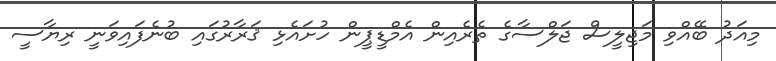
މިއަދު ބޭއްވި މަޖިލީސް ޖަލްސާގެ ތެރެއިން އެމްޑީޕީން ހުށައެޅި ޤަރާރުގައި ބުނެފައިވަނީ ރިޔާސީ